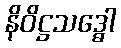
နိဝိဋ္ဌသဒ္ဓေါ